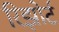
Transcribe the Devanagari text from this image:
रिझोर्ट